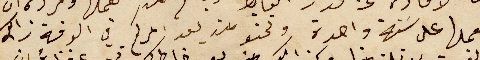
يعملها على سَنة واحدة ونحنو من بعد امركم في الوقة ذاك